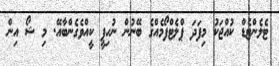
ޓެލެންޓެޑް ކުއްޖަކު މިފަދަ ޕްލެޓްފޯމެއްގެ ބޭނުން ނުހިފީ ކީއްވެގެންބާއޭ. މި ޝޯ އިން